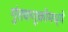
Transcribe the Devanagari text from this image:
गुंतवणूकीमध्ये